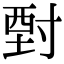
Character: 𡬵